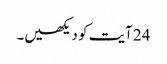
24 آیت کو دیکھیں۔